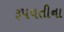
રૂપવતીના